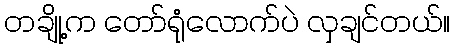
တချို့က တော်ရုံလောက်ပဲ လှချင်တယ်။